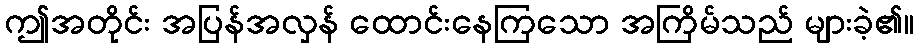
ဤအတိုင်း အပြန်အလှန် ထောင်းနေကြသော အကြိမ်သည် များခဲ့၏။